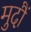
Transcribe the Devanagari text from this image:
मुदौं